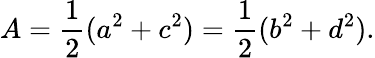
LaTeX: A={\frac{1}{2}}(a^{2}+c^{2})={\frac{1}{2}}(b^{2}+d^{2}).